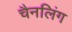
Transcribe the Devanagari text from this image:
चैनलिंग